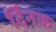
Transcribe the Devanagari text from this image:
दैिनक